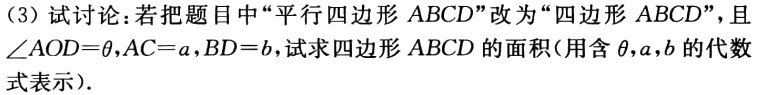
(3) 试讨论：若把题目中“平行四边形 \(ABCD\)”改为“四边形 \(ABCD\)”，且\(\angle AOD = \theta\)，\(AC = a\)，\(BD = b\)，试求四边形 \(ABCD\) 的面积(用含 \(\theta,a,b\) 的代数式表示).